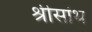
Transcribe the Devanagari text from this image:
श्रीसांथ